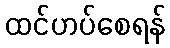
ထင်ဟပ်စေရန်